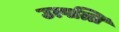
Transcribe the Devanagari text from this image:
उत्पत्ति